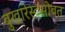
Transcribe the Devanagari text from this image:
बुखारेस्टसोबत